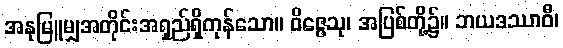
အနုမြူမျှအတိုင်းအရှည်ရှိကုန်သော။ ဝိဇ္ဇေသု၊ အပြစ်တို့၌။ ဘယဒဿာဝီ၊